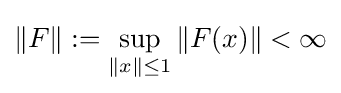
\|F\|:=\sup _{\|x\|\leq 1}\|F(x)\|<\infty